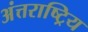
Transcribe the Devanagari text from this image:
अंत्तराष्ट्रिय